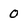
Character: 0